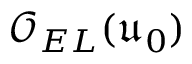
\mathcal { O } _ { E L } ( \mathfrak { u } _ { 0 } )